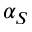
\alpha _ { S }